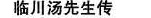
临川汤先生传